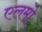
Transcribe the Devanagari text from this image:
एलमो